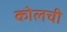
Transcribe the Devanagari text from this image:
कोलची